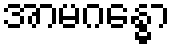
အာမဂန္ဓော